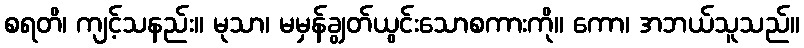
စရတိ၊ ကျင့်သနည်း။ မုသာ၊ မမှန်ချွတ်ယွင်းသောစကားကို။ ကော၊ အဘယ်သူသည်။